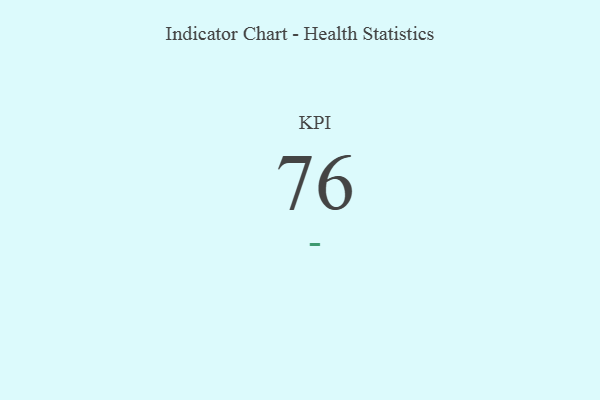
{"axis": {"x": "KPI", "y": "Value"}, "legend": [""], "data": [{"x": "KPI", "y": 76, "type": ""}]}